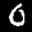
Label: 0